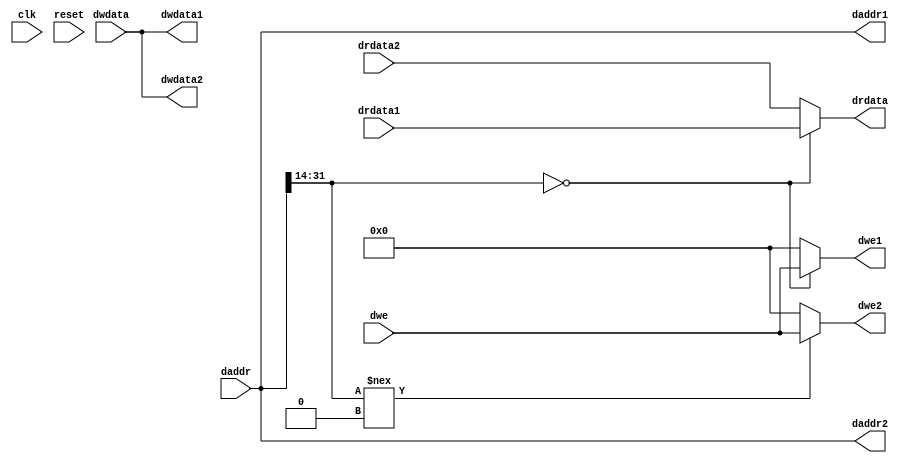
//**************************************************************
// Assignment 7
// Description: Bus Interface Unit
//**************************************************************

`timescale 1ns/1ps

// Bus interface unit: assumes two branches of the bus -
// 1. connect to dmem
// 2. connect to a single peripheral
// The BIU needs to know the addresses at which DMEM and peripheral are
// connected, so it can do the required multiplexing.
// These need to be added as part of your code.

module biu (
    input clk,
    input reset,
    input [31:0] daddr,
    input [31:0] dwdata,
    input [3:0] dwe,
    output [31:0] drdata,

    // Signals going to/from dmem
    output [31:0] daddr1,
    output [31:0] dwdata1,
    output [3:0]  dwe1,
    input  [31:0] drdata1,

    // Signals going to/from peripheral
    output [31:0] daddr2,
    output [31:0] dwdata2,
    output [3:0]  dwe2,
    input  [31:0] drdata2
);

    // Modify below so that depending on the actual daddr range the BIU decides whether
    // the response was from DMEM or peripheral - maybe a MUX?

    assign drdata = (daddr[31:14] == 0) ?  drdata1 : drdata2;
    assign dwe1 = (daddr[31:14] == 0) ? dwe : 0;
    assign dwe2 = (daddr[31:14] !== 0) ? dwe : 0;

    // Send values to DMEM or peripheral (or both if it does not matter)
    // as required
    assign daddr1 = daddr;
    assign dwdata1 = dwdata;

    assign daddr2 = daddr;
    assign dwdata2 = dwdata;

endmodule